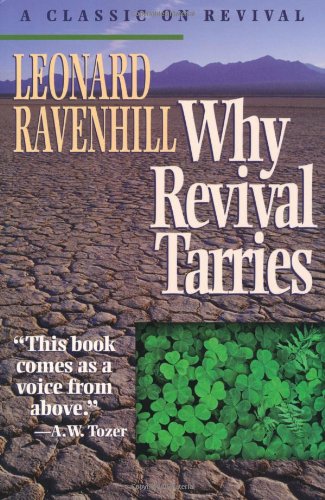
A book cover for Why Revival Tarries: A Classic on Revival; Leonard Ravenhill; Religion & Spirituality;